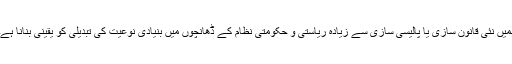
ہمیں نئی قانون سازی یا پالیسی سازی سے زیادہ ریاستی و حکومتی نظام کے ڈھانچوں میں بنیادی نوعیت کی تبدیلی کو یقینی بنانا ہے۔